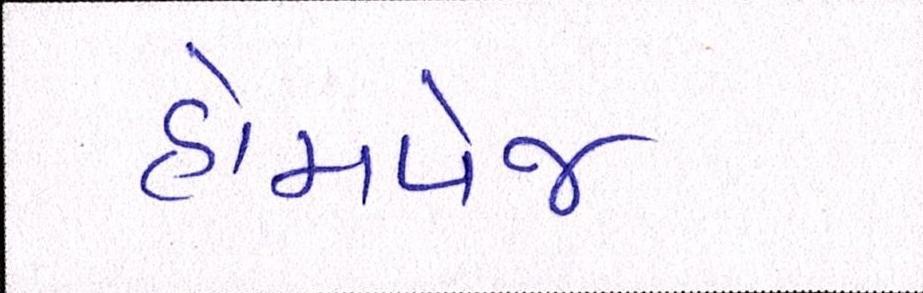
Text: હોમપેજ